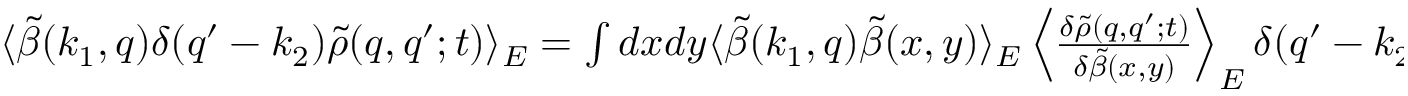
\begin{array} { r } { \langle \tilde { \beta } ( k _ { 1 } , q ) \delta ( q ^ { \prime } - k _ { 2 } ) \tilde { \rho } ( q , q ^ { \prime } ; t ) \rangle _ { E } = \int d x d y \langle \tilde { \beta } ( k _ { 1 } , q ) \tilde { \beta } ( x , y ) \rangle _ { E } \left\langle \frac { \delta \tilde { \rho } ( q , q ^ { \prime } ; t ) } { \delta \tilde { \beta } ( x , y ) } \right\rangle _ { E } \delta ( q ^ { \prime } - k _ { 2 } ) , } \end{array}